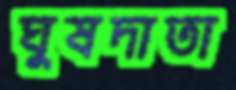
ঘুষদাতা